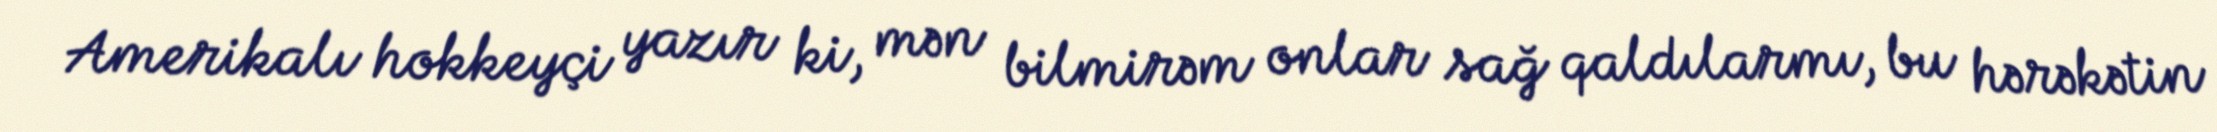
Amerikalı hokkeyçi yazır ki, mən bilmirəm onlar sağ qaldılarmı, bu hərəkətin